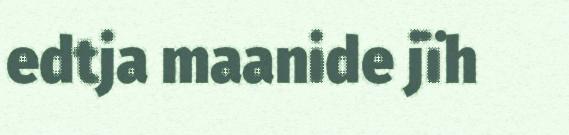
edtja maanide jïh